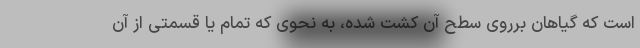
است که گیاهان برروی سطح آن کشت شده، به نحوی که تمام یا قسمتی از آن